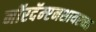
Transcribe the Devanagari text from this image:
नॉरदॅम्प्टनशायरच्या